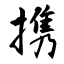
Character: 携